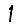
Digit: 1